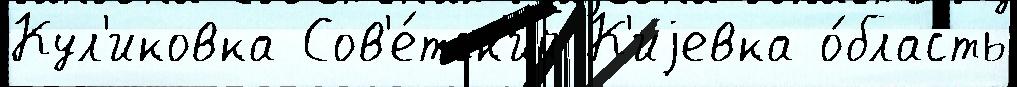
Кул'иковка Сов'е́тск'ий К'иjевка о́бласть